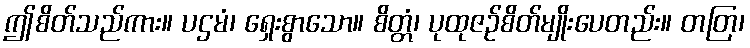
ဤစိတ်သည်ကား။ ပဌမံ၊ ရှေးစွာသော။ စိတ္တံ၊ ပုထုဇဉ်စိတ်မျိုးပေတည်း။ တတြ၊